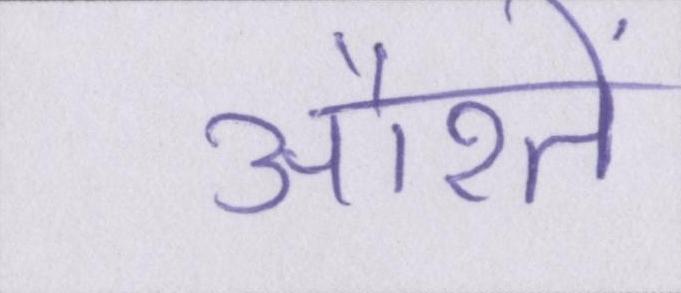
औरतें